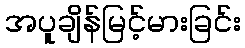
အပူချိန်မြင့်မားခြင်း